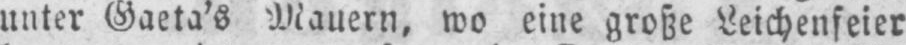
unter Gaeta’s Mauern, wo eine große Leichenfeier